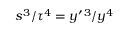
s ^ { 3 } / \tau ^ { 4 } = y ^ { \prime \, 3 } / y ^ { 4 }